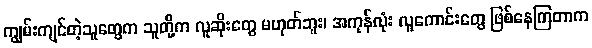
ကျွမ်းကျင်တဲ့သူတွေက သူတို့က လူဆိုးတွေ မဟုတ်ဘူး၊ အကုန်လုံး လူကောင်းတွေ ဖြစ်နေကြတာက